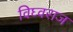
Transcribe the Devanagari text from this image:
विघ्वराज